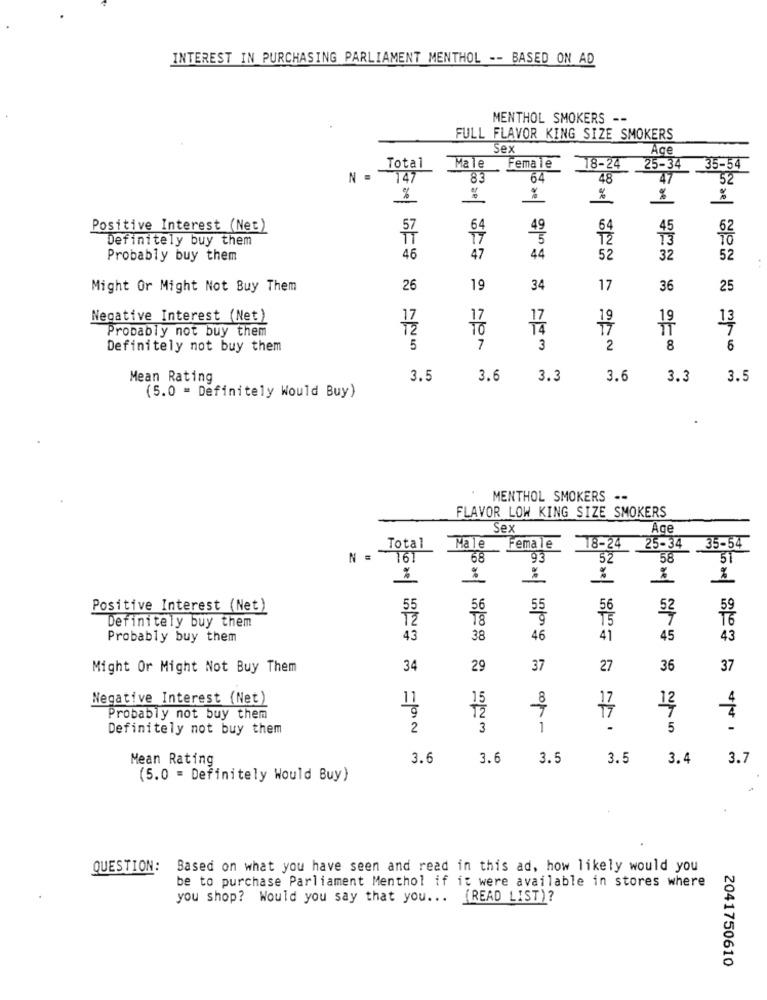
INTEREST IN PURCHASING PARLIAMENT MENTHOL -- BASED ON AD
MENTHOL SMOKERS --
FULL FLAVOR KING SIZE SMOKERS
Sex
Ace
Total
25-34
Male
Female
18-24
35-54
N
147
83
64
48
47
52
%
%
%
Positive Interest (Net)
64
49
64
45
Definitely buy them
T7
5
Ť2
13
Probably buy them
46
47
44
52
32
52
Might Or Might Not Buy Them
26
19
34
17
36
25
Negative Interest (Net)
Probably not buy them
T2
19
13
Definitely not buy them
5
7
3
2
8
6
Mean Rating
3.5
3.6
3.3
3.6
3.3
3.5
(5.0 = Definitely Would Buy)
MENTHOL SMOKERS .-
FLAVOR LOW KING SIZE SMOKERS
Sex
Age
Total
Female
25-34
35-54
Male
8-24
N =
161
68
93
52
58
51.
%
%
%
%
Positive Interest (Net)
56
55
56
52
59
9
T5
16
Definitely buy them
Probably buy them
43
38
46
41
45
43
Might Or Might Not Buy Them
34
29
37
27
36
37
Negative Interest (Net)
15
8
T2
12
Probably not buy them
Definitely not buy them
2
3
1
5
-
Mean Rating
3.6
3.6
3.5
3.5
3.4
3.7
(5.0 = Definitely Would Buy)
QUESTION:
Based on what you have seen and read in this ad, how likely would you
be to purchase Parliament Menthol if it were available in stores where
you shop? Would you say that you ... (READ LIST)?
2041750610